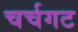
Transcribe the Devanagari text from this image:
चर्चगट